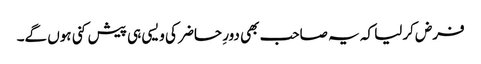
فرض کرلیا کہ یہ صاحب بھی دورِ حاضر کی ویسی ہی پیش کنی ہوں گے۔